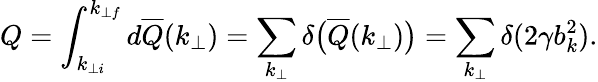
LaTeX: Q=\int_{k_{\perp i}}^{k_{\perp f}}d\overline{{Q}}(k_{\perp})=\sum_{k_{\perp}}\delta\big(\overline{{Q}}(k_{\perp})\big)=\sum_{k_{\perp}}\delta(2\gamma b_{k}^{2}).